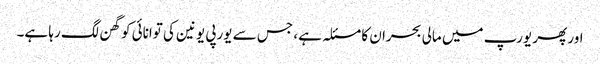
اور پھر یورپ میں مالی بحران کا مسئلہ ہے ، جس سے یورپی یونین کی توانائی کو گھن لگ رہا ہے۔